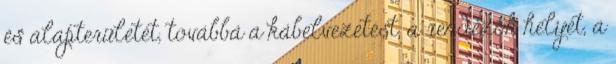
és alapterületét, továbbá a kábelvezetést, a rendezõk helyét, a